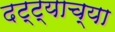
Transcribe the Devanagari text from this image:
दट्ट्याच्या